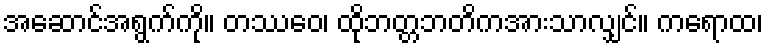
အဆောင်အရွက်ကို။ တဿေဝ၊ ထိုဘတ္တဘတိကအားသာလျှင်။ ကရောထ၊